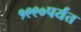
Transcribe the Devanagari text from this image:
१९९०पर्यंत